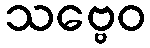
သဗ္ဗေဝ